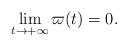
LaTeX: \begin{align*}\lim_{t\rightarrow+\infty}\varpi(t)=0.\end{align*}